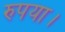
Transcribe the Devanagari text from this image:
रुपया।